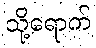
သို့ရောက်